Lunatic asylums Burma 1907-21 - 1907-1921
Year: 1907
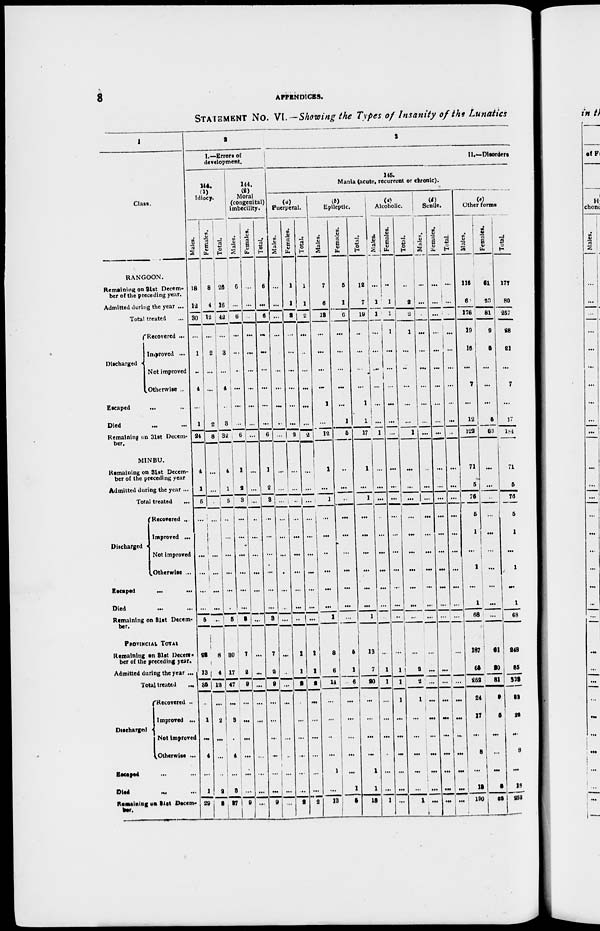
8
APPENDICES.
STATEMENT No. VI.—Showing the Types of Insanity of the Lunatics
1
Class.
RANGOON.
Remaining on 31st Decem-
ber of the preceding year.
Admitted during the year ...
Total treated ...
Discharged
Recovered ...
Improved ...
Not improved
Otherwise ...
Escaped
...
Died ... ...
Remaining on 31st Decem¬
ber.
MINBU.
Remaining on 31st Decem-
ber of the preceding year
Admitted during the year ...
Total treated ...
Discharged
Recovered ...
Improved ...
Not improved
Otherwise ...
Escaped ... ...
Died
... ...
Remaining on 31st Decem-
ber.
PROVINCIAL TOTAL
Remaining on 31st Decem-
ber of the preceding year.
Admitted during the year ...
Total treated
...
Discharged
Recovered ...
Improved ...
Not improved
Otherwise ...
Escaped ... ...
Died
...
...
Remaining on 31st Decem-
ber.
2
I.—Errors of
development.
144.
(1)
Idiocy.
Males.
18
12
30
...
1
...
4
...
1
21
4
1
5
...
...
...
...
...
...
5
22
13
35
...
1
...
4
...
1
29
Females.
8
4
12
...
2
...
...
...
2
8
...
...
...
...
...
...
...
...
...
...
8
4
12
...
2
...
...
...
2
8
Total.
26
16
42
...
3
...
4
...
3
32
4
1
5
...
...
...
...
...
...
5
30
17
47
...
3
...
4
...
3
37
144.
(2)
Moral
(congenital)
mbecility.
Males.
6
...
6
...
...
...
...
...
...
6
1
2
3
...
...
...
...
...
...
3
7
2
9
...
...
...
...
...
...
9
Females.
...
...
...
...
...
...
...
...
...
...
...
...
...
...
...
...
...
...
...
...
...
...
...
...
...
...
...
...
...
...
Total.
6
...
6
...
...
...
...
...
...
6
1
2
3
...
...
...
...
...
...
3
7
2
9
...
...
...
...
...
...
9
3
II.—Disorders
146.
Mania (acute, recurrent or chronic).
(a)
Puerperal.
Males.
...
...
...
...
...
...
...
...
..
...|
...
...
...
...
...
...
...
...
...
...
...
...
...
...
...
...
...
...
...
...
Females.
1
1
2
...
...
...
...
...
...
2
...
...
...
...
...
...
...
...
...
...
1
1
2
...
...
...
...
...
...
2
Total.
1
1
2
...
...
...
...
...
...
2
...
...
...
...
...
...
...
...
...
...
1
1
2
...
...
...
...
...
...
2
(b)
Epileptic.
Males.
7
6
18
...
...
...
...
1
...
12
1
...
1
...
...
...
...
...
...
1
8
6
14
...
...
...
...
1
...
13
Females.
5
1
6
...
...
...
...
...
1
5
...
...
...
...
...
...
...
...
...
...
5
1
6
...
...
...
...
...
1
5
Total.
12
7
19
...
...
...
...
1
1
17
1
...
1
...
...
...
...
...
...
1
13
7
20
...
...
...
...
1
1
18
(c)
Alcoholic.
Males.
...
1
1
...
...
...
...
...
...
1
...
...
...
...
...
...
...
...
...
...
...
1
1
...
...
...
...
...
...
1
Females.
...
1
1
1
...
...
...
...
...
...
...
...
...
...
...
...
...
...
...
...
...
1
1
1
...
...
...
...
...
...
Total.
...
2
2
1
...
...
...
...
...
1
...
...
...
...
...
...
...
...
...
...
...
2
2
1
...
...
...
...
...
1
(d)
Senile.
Males.
...
...
...
...
...
...
...
...
...
...
...
...
...
...
...
...
...
...
...
...
...
...
...
...
...
...
...
...
...
...
Females.
...
...
...
...
...
...
...
...
...
...
...
...
...
...
...
...
...
...
...
...
...
...
...
...
...
...
...
...
...
...
Total.
...
...
...
...
...
...
...
...
...
...
...
...
...
...
...
...
...
...
...
...
...
...
...
...
...
...
...
...
...
...
(e)
Other forms
Males.
116
60
176
19
16
...
7
...
12
122
71
5
76
5
1
...
1
...
1
68
187
65
252
24
17
...
8
...
15
190
Females.
61
20
81
9
5
...
...
...
5
62
...
...
...
...
...
...
...
...
...
...
61
20
81
9
5
...
...
...
3
62
Total.
177
80
257
28
21
...
7
...
17
184
71
5
76
5
1
...
1
...
1
68
248
85
333
33
22
...
8
...
18
252